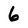
Character: 6